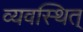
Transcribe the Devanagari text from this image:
व्यवस्थित्